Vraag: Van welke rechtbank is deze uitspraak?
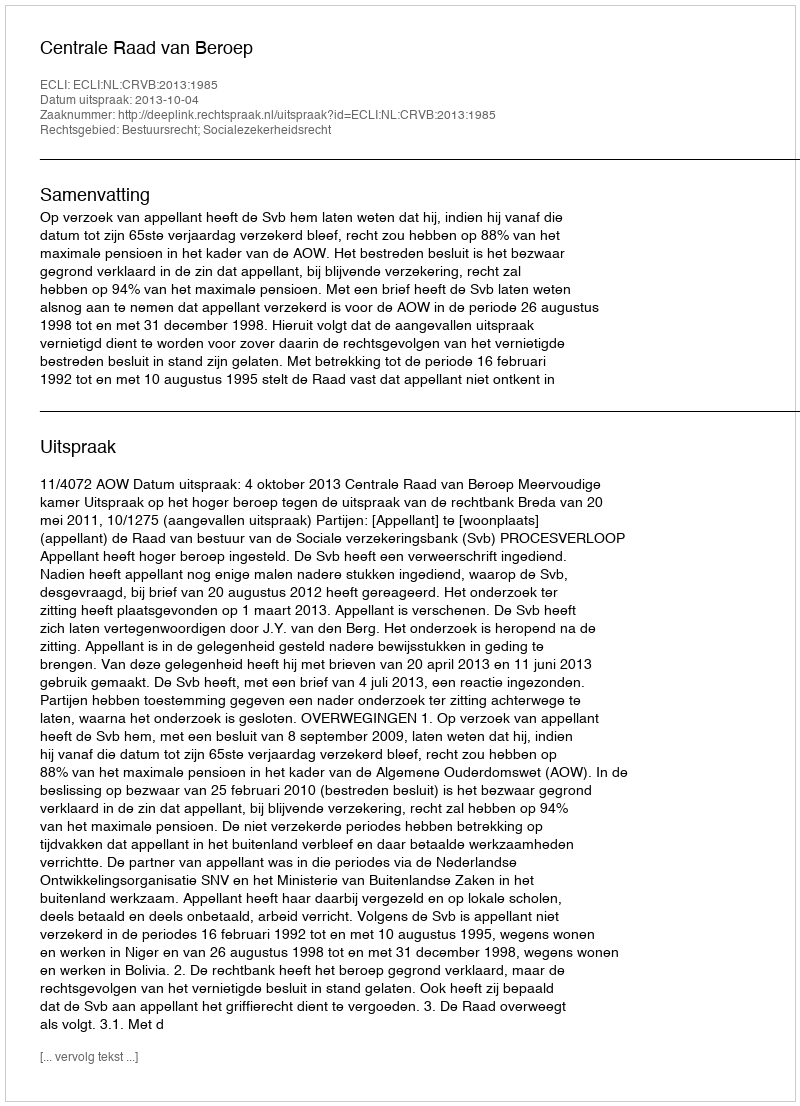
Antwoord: Centrale Raad van Beroep